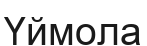
Үймола